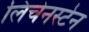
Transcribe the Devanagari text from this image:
लिंचेनस्टेन